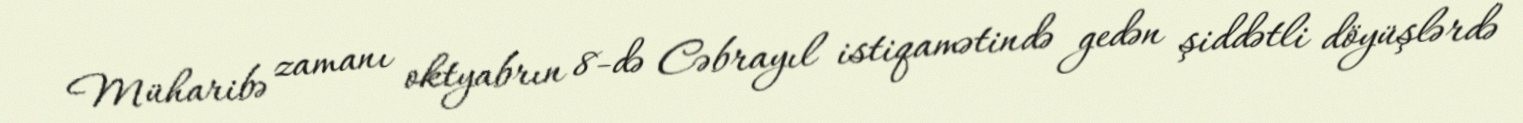
Müharibə zamanı oktyabrın 8-də Cəbrayıl istiqamətində gedən şiddətli döyüşlərdə